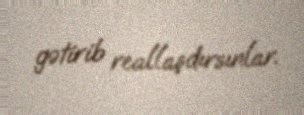
gətirib reallaşdırsınlar.